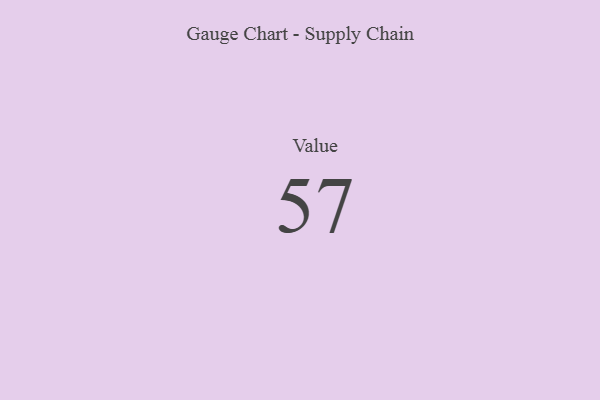
{"axis": {"x": "Metric", "y": "Value"}, "legend": [""], "data": [{"x": "Value", "y": 57, "type": ""}]}